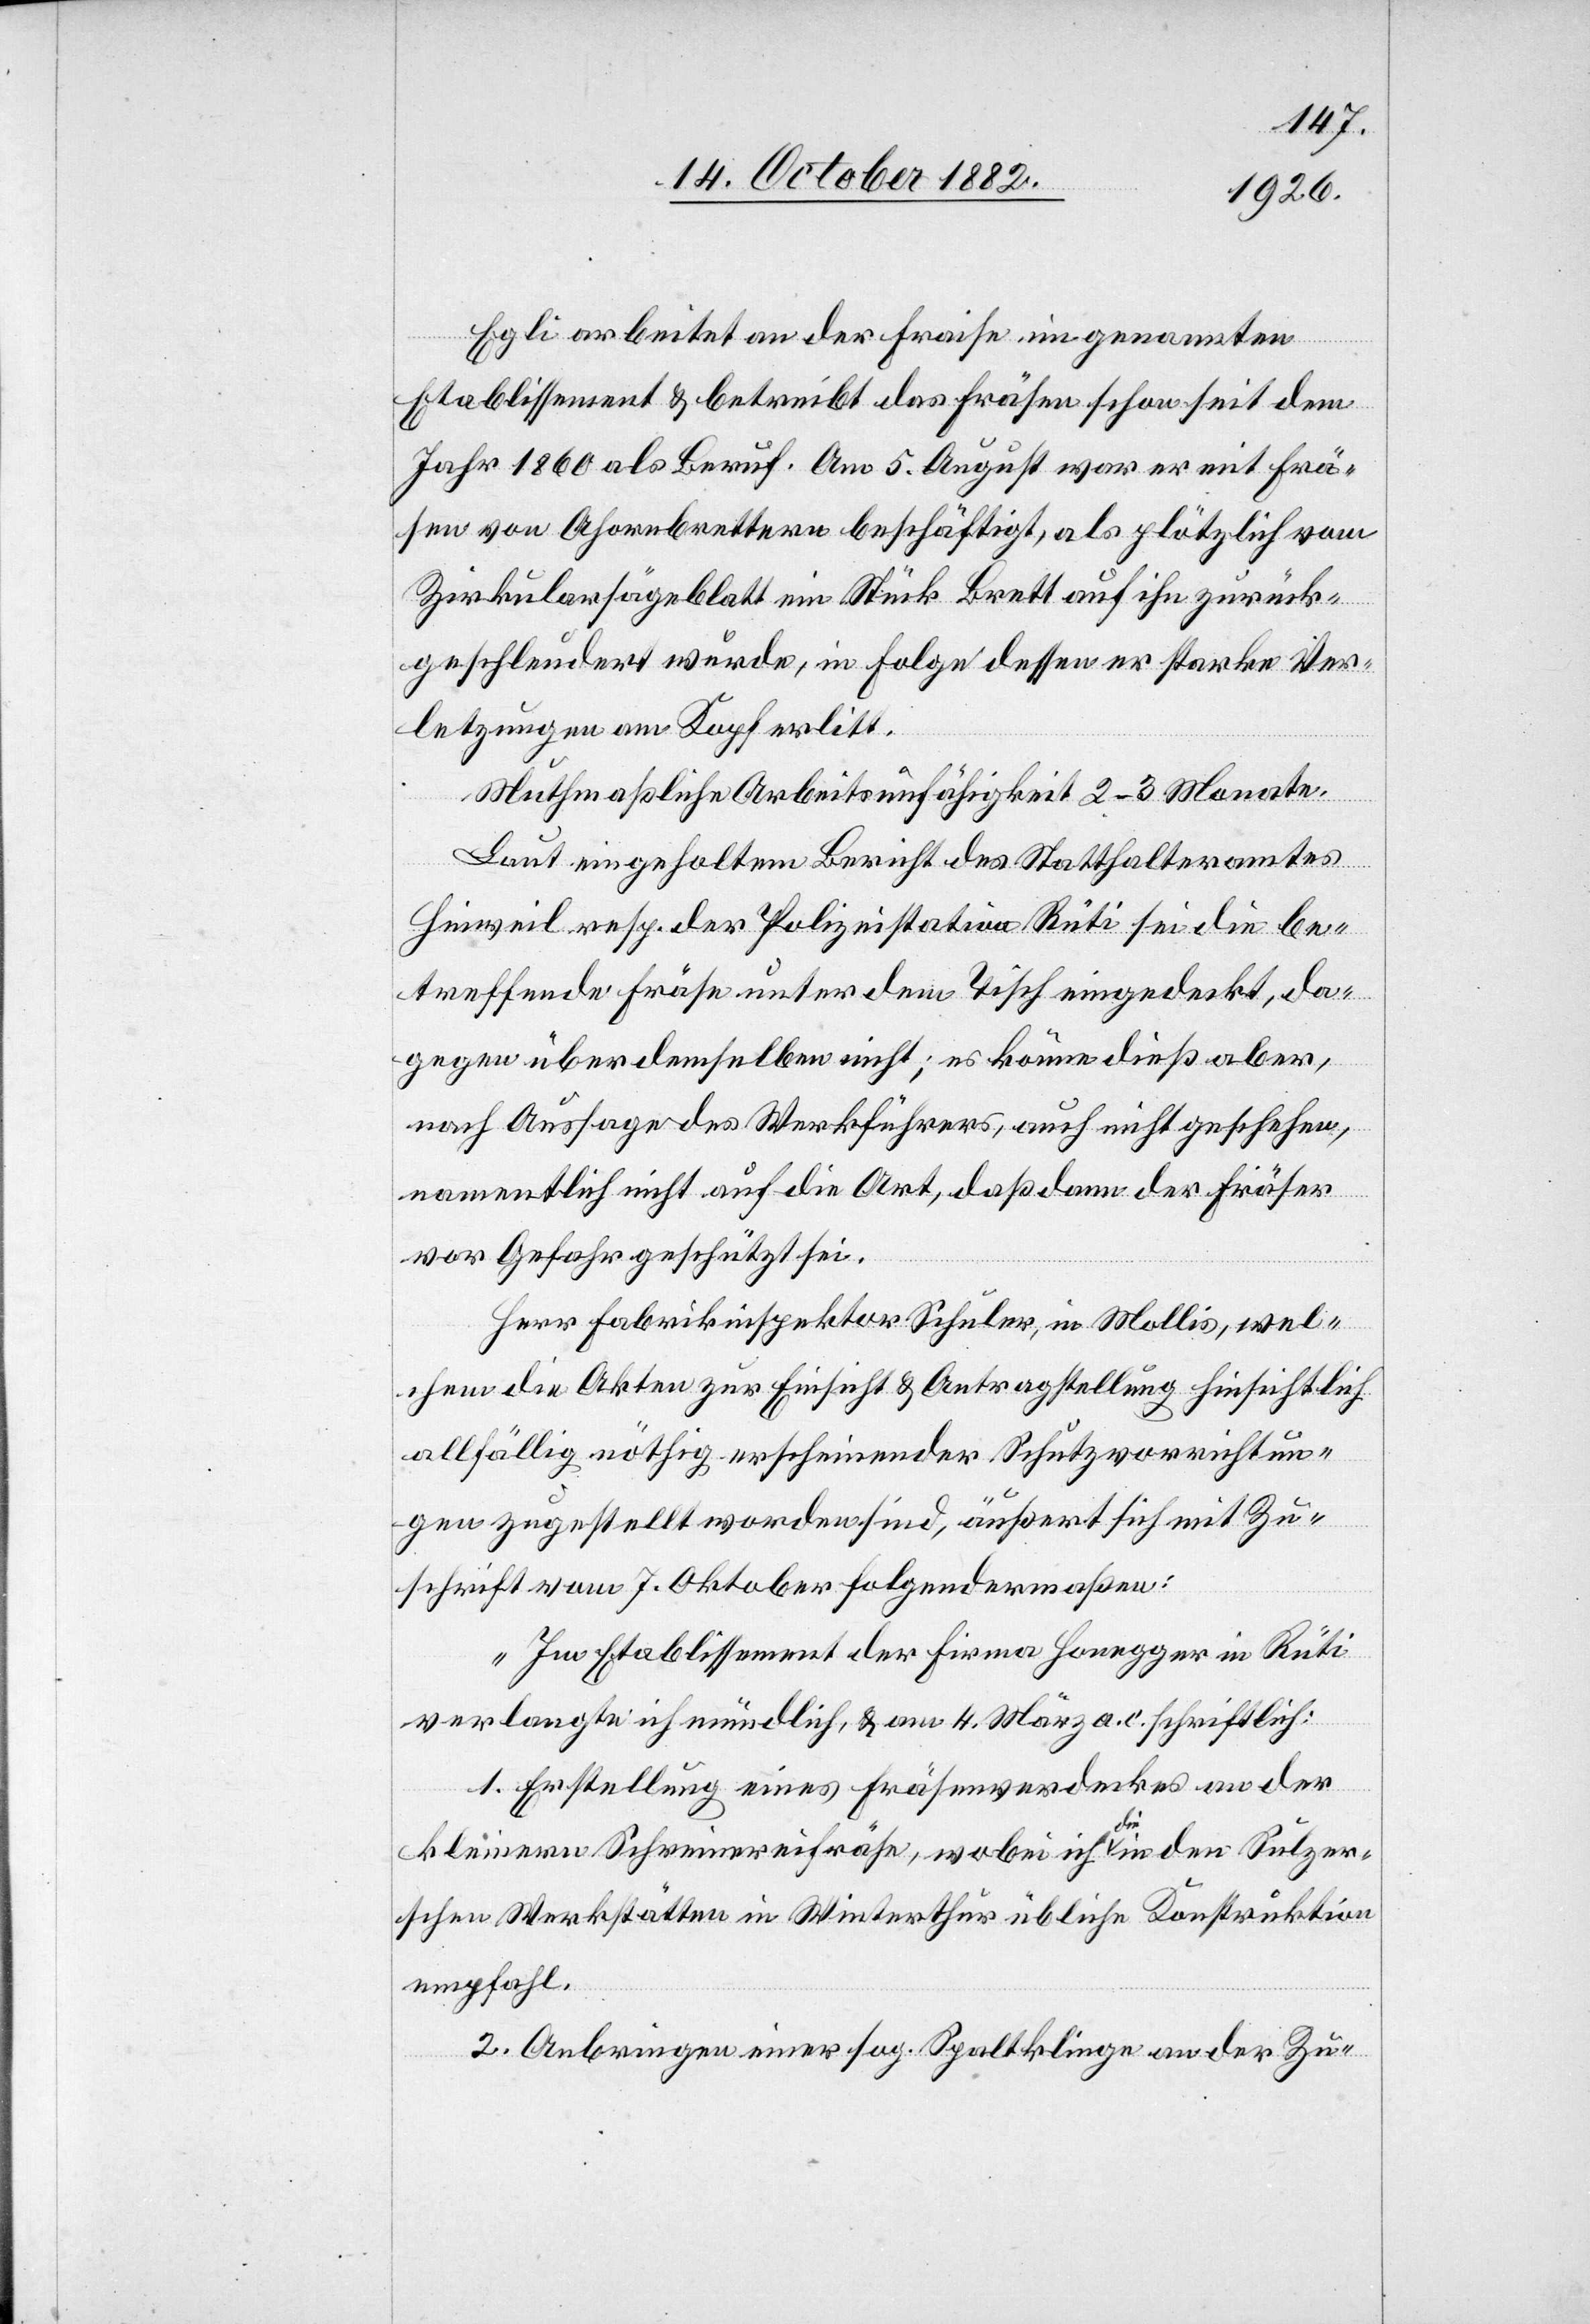
Egli arbeitet an der Fraise im genannten
Etablissement & betreibt das Fräsen schon seit dem
Jahr 1860 als Beruf. Am 5. August war er mit Frä¬
sen von Ahornbrettern beschäftigt, als plötzlich vom
Zirkularsägeblatt ein Stick Brett auf ihn zurück¬
geschleudert wurde, in Folge dessen er starke Ver¬
letzungen am Kopf erlitt.
Muthmaßliche Arbeitsunfähigkeit 2–3 Monate.
Laut eingeholtem Bericht des Statthalteramtes
Hinweil resp. der Polizeistation Rüti sei die be¬
treffende Fräse unter dem Tisch eingedeckt, da¬
gegen über demselben nicht; es könne dieß aber,
nach Aussage des Werkführers, auch nicht geschehen,
namentlich nicht auf die Art, das dann der Fräser
vor Gefahr geschützt sei.
Herr Fabrikinspektor Schuler, in Mollis, wel¬
chem die Akten zur Einsicht & Antragstellung hinsichtlich
allfällig nöthig erscheinender Schutzvorricht¬
en zugestellt worden sind, äußert sich mit Zu¬
schrift vom 7. Oktober folgendermaßen:
„Im Etablissement der Firma Honegger in Rüti
verlangte ich mündlich, & am 4. März a. c. schriftlich:
1. Erstellung eines Fräsenverdeckes an der
kleinern Schreinereifräse, wobei ich die in den Sulzer¬
schen Werkstätten in Winterthur übliche Konstruktion
empfahl.
2. Anbringen einer sog. Spaltklinge an der Zu-